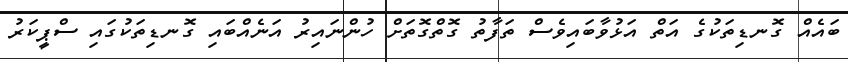
ބައެއް ގޮނޑިތަކުގެ އަތް އަޅުވާބައިވެސް ތަފާތު ގޮތްގޮތަށް ހުންނައިރު އަނެއްބައި ގޮނޑިތަކުގައި ސްޕީކަރު